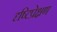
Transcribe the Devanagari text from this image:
दृष्टिप्रेक्षण